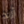
أريد